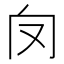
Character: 𠬦